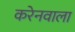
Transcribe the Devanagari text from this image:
करेनवाला